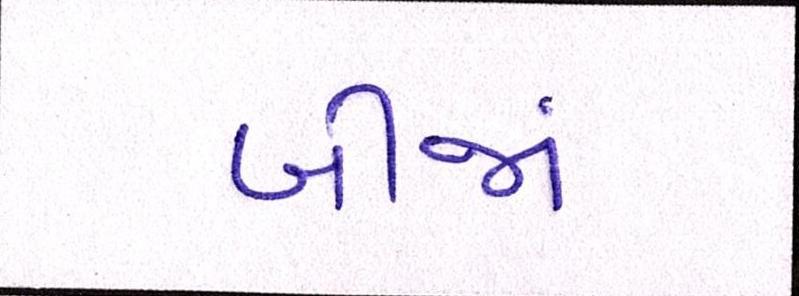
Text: બીજાં